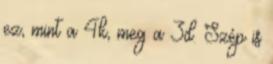
ez, mint a 4k, meg a 3d. Szép is